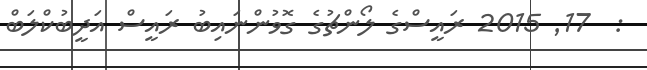
:  17